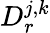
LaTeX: D_{r}^{j,k}